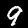
Digit: 9